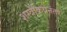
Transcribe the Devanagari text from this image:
शस्त्रेक्रियेनंतर